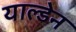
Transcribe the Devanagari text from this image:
याल्डेन